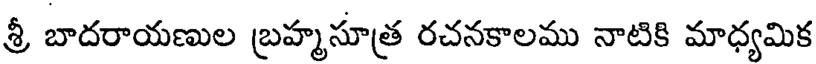
శ్రీ బాదరాయణుల బ్రహ్మసూత్ర రచనకాలము నాటికి మాధ్యమిక